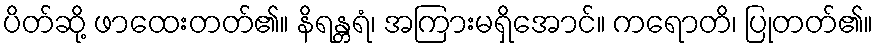
ပိတ်ဆို့ ဖာထေးတတ်၏။ နိရန္တရံ၊ အကြားမရှိအောင်။ ကရောတိ၊ ပြုတတ်၏။